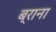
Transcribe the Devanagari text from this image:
ब्राना